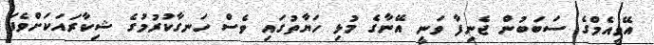
އޭވީއެމްގެ ސަބަބުން ޖެނިފާ ވަނީ އޭނާގެ މުޅި ހަޔާތުގައި ވެސް ހަނގާކުރުމުގެ ޝިކާރައަކަށްވެފަ